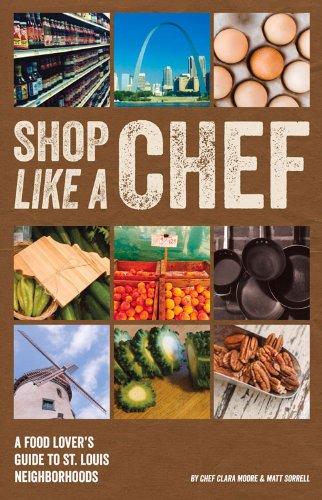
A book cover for Shop Like a Chef: A Food Lover's Guide to St. Louis Neighborhoods; Clara Moore; Cookbooks, Food & Wine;